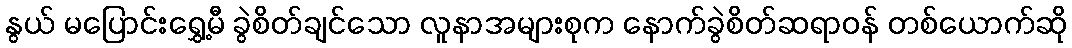
နွယ် မပြောင်းရွှေ့မီ ခွဲစိတ်ချင်သော လူနာအများစုက နောက်ခွဲစိတ်ဆရာဝန် တစ်ယောက်ဆို